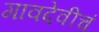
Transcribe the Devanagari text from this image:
गावदेवीचं